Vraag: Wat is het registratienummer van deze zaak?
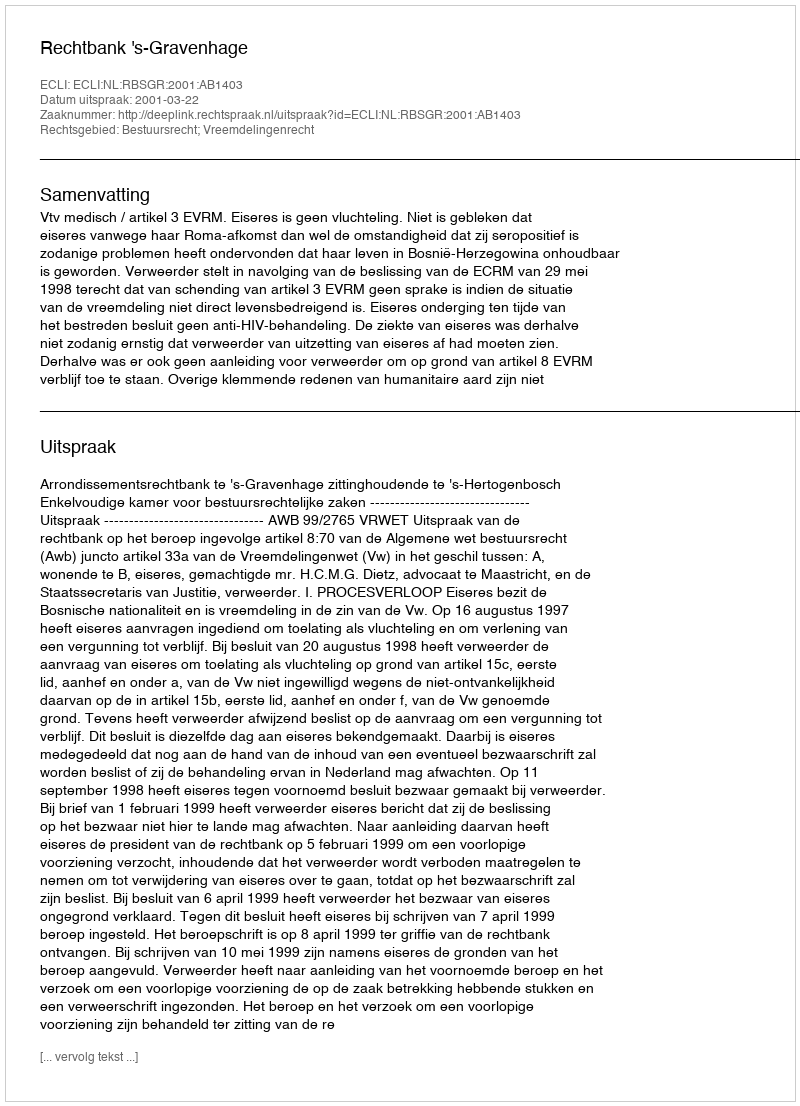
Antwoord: http://deeplink.rechtspraak.nl/uitspraak?id=ECLI:NL:RBSGR:2001:AB1403